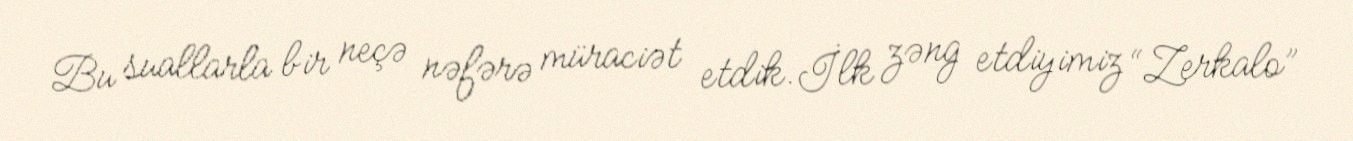
Bu suallarla bir neçə nəfərə müraciət etdik.İlk zəng etdiyimiz “Zerkalo”